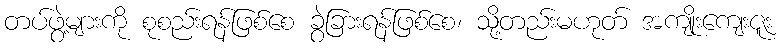
တပ်ဖွဲ့များကို စုစည်းရန်ဖြစ်စေ ခွဲခြားရန်ဖြစ်စေ၊ သို့တည်းမဟုတ် အကျိုးကျေးဇူး